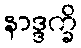
နာဒ္ဒက္ခိ